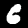
Digit: 6